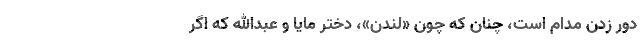
دور زدن مدام است، چنان كه ‌چون «لندن»، دختر مايا و عبدالله كه اگر